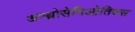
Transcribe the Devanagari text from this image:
अन्थ्रोसेमिओतिक्स